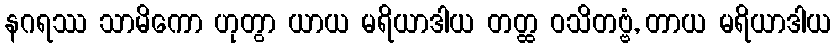
နဂရဿ သာမိကော ဟုတွာ ယာယ မရိယာဒါယ တတ္ထ ဝသိတဗ္ဗံ, တာယ မရိယာဒါယ